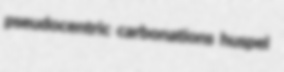
pseudocentric carbonations huspel